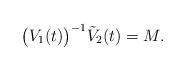
LaTeX: \begin{align*}\big(V_1(t)\big)^{-1}\tilde V_2(t)=M.\end{align*}